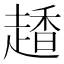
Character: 𧽂